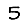
Digit: 5